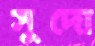
সুদো